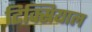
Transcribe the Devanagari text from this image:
टिक्सियाल